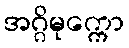
အဂ္ဂိမုက္ကော